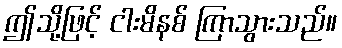
ဤသို့ဖြင့် ငါးမိနစ် ကြာသွားသည်။